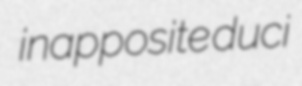
inapposite duci